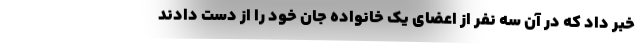
خبر داد که در آن سه نفر از اعضای یک خانواده جان خود را از دست دادند